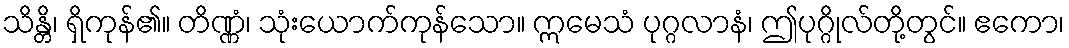
သိန္တိ၊ ရှိကုန်၏။ တိဏ္ဏံ၊ သုံးယောက်ကုန်သော။ ဣမေသံ ပုဂ္ဂလာနံ၊ ဤပုဂ္ဂိုလ်တို့တွင်။ ဧကော၊